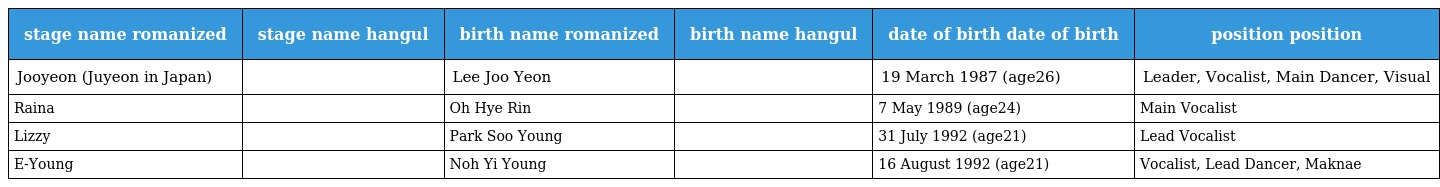
| stage name romanized | stage name hangul | birth name romanized | birth name hangul | date of birth date of birth | position position |
 | --- | --- | --- | --- | --- | --- |
 | Jooyeon (Juyeon in Japan) | 주연 | Lee Joo Yeon | 이주연 | 19 March 1987 (age26) | Leader, Vocalist, Main Dancer, Visual |
 | Raina | 레이나 | Oh Hye Rin | 오혜린 | 7 May 1989 (age24) | Main Vocalist |
 | Lizzy | 리지 | Park Soo Young | 박수영 | 31 July 1992 (age21) | Lead Vocalist |
 | E-Young | 이영 | Noh Yi Young | 노이영 | 16 August 1992 (age21) | Vocalist, Lead Dancer, Maknae |